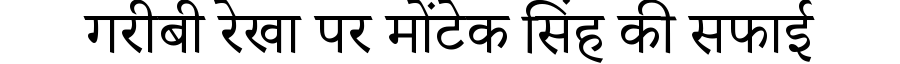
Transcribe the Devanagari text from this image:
गरीबी रेखा पर मोंटेक सिंह की सफाई